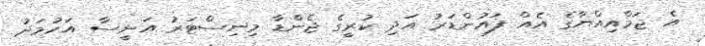
އެ ޖަމްއިއްޔާގެ އެއް ފައުންޑަރު އަދި ކުރީގެ ޖެންޑާ މިނިސްޓަރު އަނީސާ އަހުމަދު